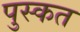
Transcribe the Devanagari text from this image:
पुस्कत